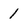
Character: 1